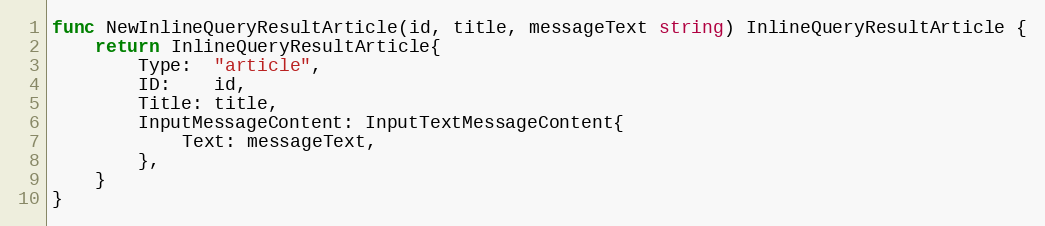
Language: Go
func NewInlineQueryResultArticle(id, title, messageText string) InlineQueryResultArticle {
	return InlineQueryResultArticle{
		Type:  "article",
		ID:    id,
		Title: title,
		InputMessageContent: InputTextMessageContent{
			Text: messageText,
		},
	}
}